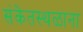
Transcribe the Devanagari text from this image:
संकेतस्थळाना